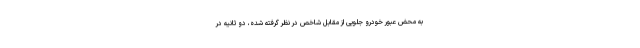
به محض عبور خودرو جلویی از مقابل شاخص در نظر گرفته شده، دو ثانیه در